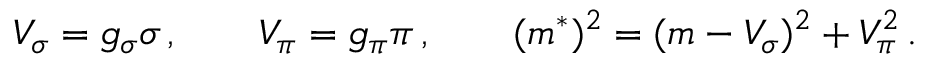
V _ { \sigma } = g _ { \sigma } \sigma \, , \qquad V _ { \pi } = g _ { \pi } \pi \, , \qquad ( m ^ { * } ) ^ { 2 } = ( m - V _ { \sigma } ) ^ { 2 } + V _ { \pi } ^ { 2 } \, .